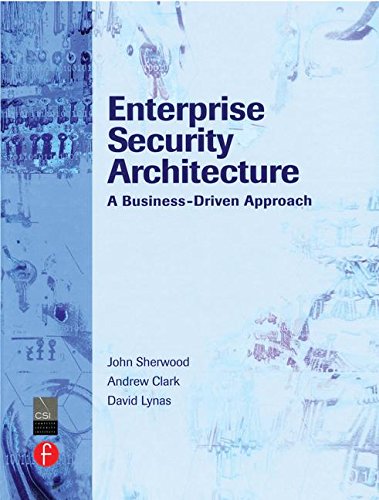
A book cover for Enterprise Security Architecture: A Business-Driven Approach; John Sherwood; Computers & Technology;